Annual report of the Imperial Bacteriologist
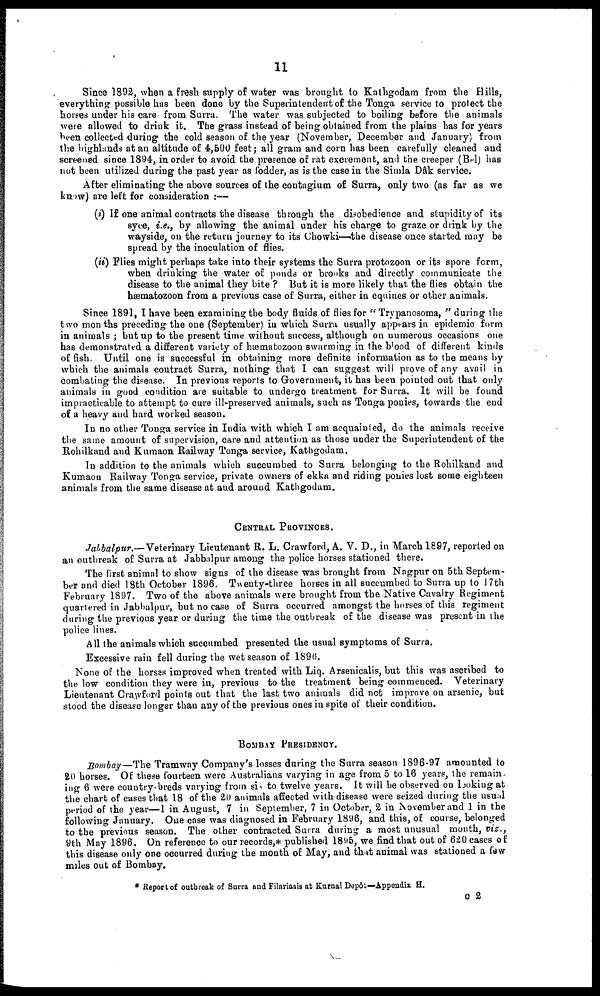
11
Since 1892, when a fresh supply of water was brought to Kathgodam from the Hills,
everything possible has been done by the Superintendent of the Tonga service to protect the
horses under his care from Surra. The water was subjected to boiling before the animals
were allowed to drink it. The grass instead of being obtained from the plains has for years
been collected during the cold season of the year (November, December and January) from
the highlands at an altitude of 4,500 feet; all gram and corn has been carefully cleaned and
screened since 1894, in order to avoid the presence of rat excrement, and the creeper (Bel) has
not been utilized during the past year as fodder, as is the case in the Simla Dâk service.
After eliminating the above sources of the contagium of Surra, only two (as far as we
know) are left for consideration :-
(i) If one animal contracts the disease through the disobedience and stupidity of its
syce, i.e., by allowing the animal under his charge to graze or drink by the
wayside, on the return journey to its Chowki—the disease once started may be
spread by the inoculation of flies.
(ii) Flies might perhaps take into their systems the Surra protozoon or its spore form,
when drinking the water of ponds or brooks and directly communicate the
disease to the animal they bite ? But it is more likely that the flies obtain the
hæmatozoon from a previous case of Surra, either in equines or other animals.
Since 1891, I have been examining the body fluids of flies for "Trypanosoma," during the
two months preceding the one (September) in which Surra usually appears in epidemic form
in animals ; but up to the present time without success, although on numerous occasions one
has demonstrated a different variety of hæmatozoon swarming in the blood of different kinds
of fish. Until one is successful in obtaining more definite information as to the means by
which the animals contract Surra, nothing that I can suggest will prove of any avail in
combating the disease. In previous reports to Government, it has been pointed out that only
animals in good condition are suitable to undergo treatment for Surra. It will be found
impracticable to attempt to cure ill-preserved animals, such as Tonga ponies, towards the end
of a heavy and hard worked season.
In no other Tonga service in India with which I am acquainted, do the animals receive
the same amount of supervision, care and attention as those under the Superintendent of the
Rohilkand and Kumaon Railway Tonga service, Kathgodam.
In addition to the animals which succumbed to Surra belonging to the Rohilkand and
Kumaon Railway Tonga service, private owners of ekka and riding ponies lost some eighteen
animals from the same disease at and around Kathgodam.
CENTRAL PROVINCES.
Jalbalpur.—Veterinary Lieutenant R. L. Crawford, A. V. D., in March 1897, reported on
an outbreak of Surra at Jabbalpur among the police horses stationed there.
The first animal to show signs of the disease was brought from Nagpur on 5th Septem-
ber and died 18th October 1896. Twenty-three horses in all succumbed to Surra up to 17th
February 1897. Two of the above animals were brought from the Native Cavalry Regiment
quartered in Jabbalpur, but no case of Surra occurred amongst the horses of this regiment
during the previous year or during the time the outbreak of the disease was present in the
police lines.
All the animals which succumbed presented the usual symptoms of Surra.
Excessive rain fell during the wet season of 1896.
None of the horses improved when treated with Liq. Arsenicalis, but this was ascribed to
the low condition they were in, previous to the treatment being commenced. Veterinary
Lieutenant Crawford points out that the last two animals did not improve on arsenic, but
stood the disease longer than any of the previous ones in spite of their condition.
BOMBAY PRESIDENCY.
Bombay—The Tramway Company's losses during the Surra season 1896 97 amounted to
20 horses. Of these fourteen were Australians varying in age from 5 to 16 years, the remain
ing 6 were country-breds varying from six to twelve years. It will be observed on looking at
the chart of cases that 18 of the 20 animals affected with disease were seized during the usual
period of the year—1 in August, 7 in September, 7 in October, 2 in November and 1 in the
following January. One case was diagnosed in February 1896, and this, of course, belonged
to the previous season. The other contracted Surra during a most unusual month, viz.,
9th May 1896. On reference to our records,* published 1895, we find that out of 620 cases of
this disease only one occurred during the month of May, and that animal was stationed a few
miles out of Bombay.
* Report of outbreak of Surra and Filariasis at Kurnal Depôt—Appendix H.
C 2